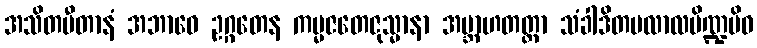
အသိတပီတာနံ အဘာဝေ ဥဂ္ဂတေန ကမ္မဇတေဇုသ္မာနာ အဗ္ဘာဟတတ္တာ သံခါဒိတပလာလပိဏ္ဍမိဝ